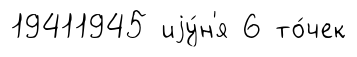
19411945 иjу́н'я 6 то́чек